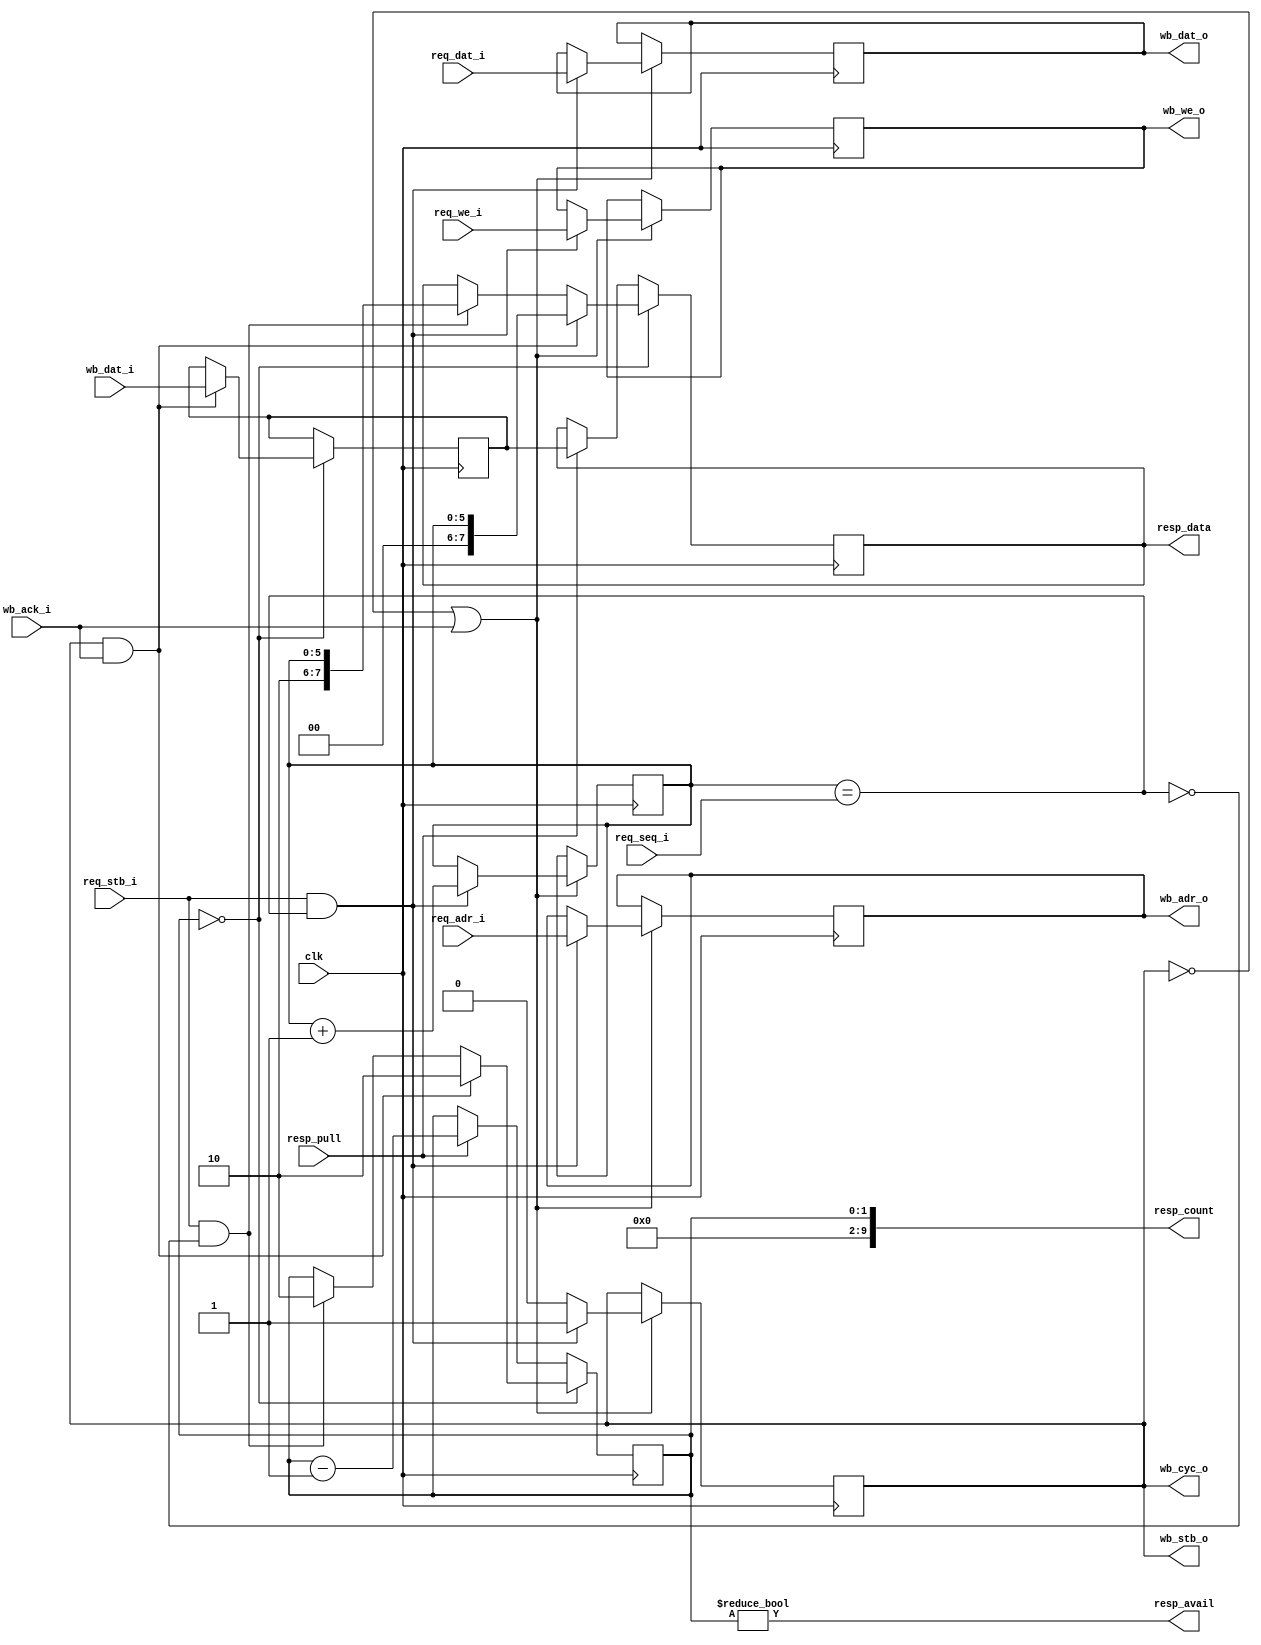
// Forward a parsed request to wishbone bus and generate associated response
//
// Copyright (C) 2023  Kevin O'Connor <kevin@koconnor.net>
//
// This file may be distributed under the terms of the GNU GPLv3 license.

module wbcmd (
    input clk,

    input req_stb_i, input [5:0] req_seq_i, input req_we_i,
    input [15:0] req_adr_i, input [7:0] req_dat_i,

    output reg wb_stb_o, output wb_cyc_o, output reg wb_we_o,
    output reg [15:0] wb_adr_o,
    output reg [7:0] wb_dat_o,
    input [7:0] wb_dat_i,
    input wb_ack_i,

    output reg [7:0] resp_data, output [9:0] resp_count,
    output resp_avail, input resp_pull
    );

    // State tracking for command bus
    reg [5:0] recv_seq;
    wire valid_recv_seq = recv_seq == req_seq_i;
    always @(posedge clk) begin
        if (!wb_stb_o || wb_ack_i) begin
            // Not busy processing a command - check for new command
            if (req_stb_i && valid_recv_seq) begin
                wb_adr_o <= req_adr_i;
                wb_dat_o <= req_dat_i;
                wb_we_o <= req_we_i;
                recv_seq <= recv_seq + 1'b1;
                wb_stb_o <= 1;
            end else begin
                wb_stb_o <= 0;
            end
        end
    end
    assign wb_cyc_o = wb_stb_o;

    // Command response state tracking
    localparam REPLY_IDLE=2'd0, REPLY_SEQ=2'd1, REPLY_DATA=2'd2;
    reg [1:0] reply_state;
    reg [7:0] reply_data;
    always @(posedge clk) begin
        if (reply_state == REPLY_IDLE) begin
            if (wb_stb_o && wb_ack_i) begin
                // Command completed - generate a response
                reply_state <= REPLY_DATA;
                resp_data <= {1'b0, 1'b0, recv_seq};
                reply_data <= wb_dat_i;
            end else if (req_stb_i && !valid_recv_seq) begin
                // Incoming request had invalid sequence - send correct sequence
                reply_state <= REPLY_DATA;
                resp_data <= {1'b1, 1'b0, recv_seq};
            end
        end else if (resp_pull) begin
            reply_state <= reply_state - 1'b1;
            resp_data <= reply_data;
        end
    end
    assign resp_avail = reply_state != REPLY_IDLE;
    assign resp_count = reply_state;

endmodule